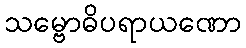
သမ္ဗောဓိပရာယဏော